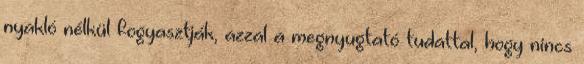
nyakló nélkül fogyasztják, azzal a megnyugtató tudattal, hogy nincs